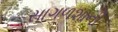
સાગળશાની